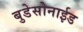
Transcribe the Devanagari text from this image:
बुडेसोनाईड